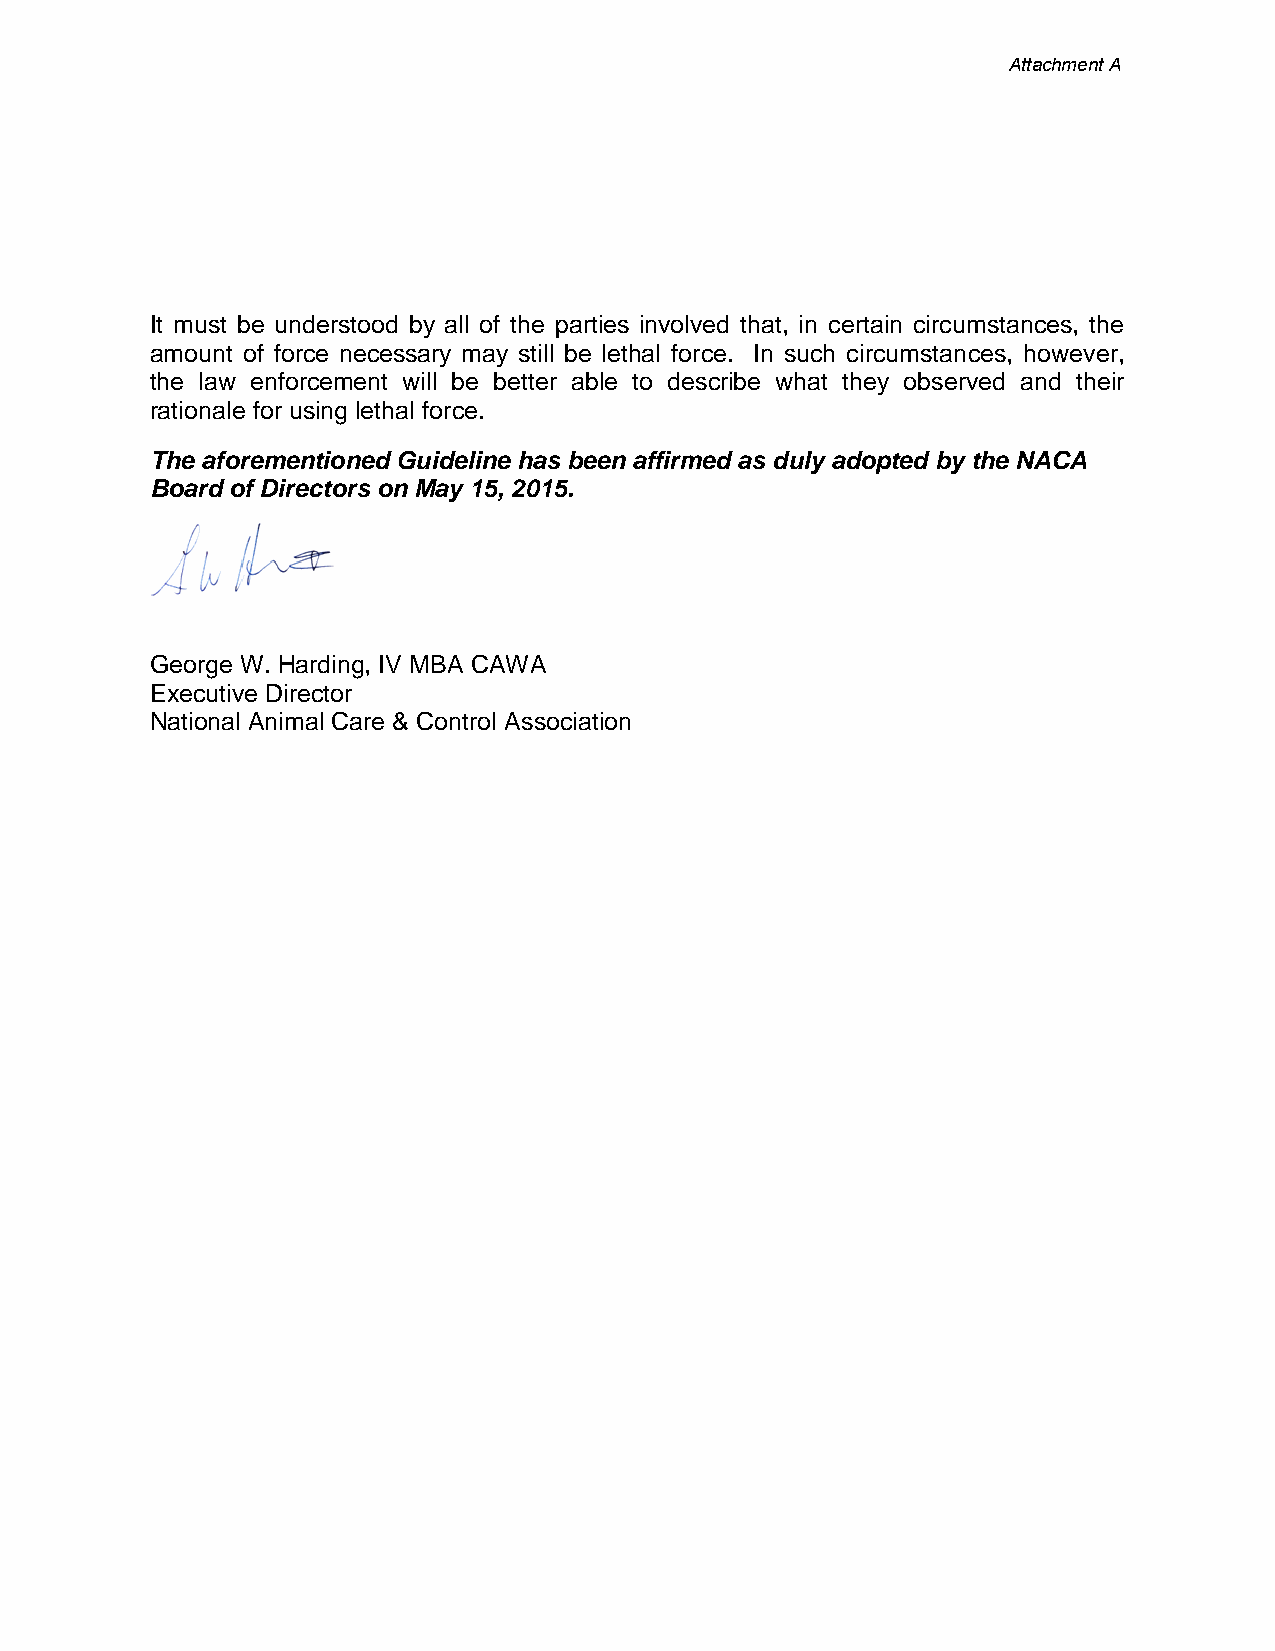
Attachment A
 It must be understood by all of the parties involved that, in certain circumstances, the
 amount of force necessary may still be lethal force. In such circumstances, however,
 the law enforcement will be better able to describe what they observed and their
 rationale for using lethal force.
 The aforementioned Guideline has been affirmed as duly adopted by the NACA
 Board of Directors on May 15, 2015.
 George W. Harding, IV MBA CAWA
 Executive Director
 National Animal Care & Control Association